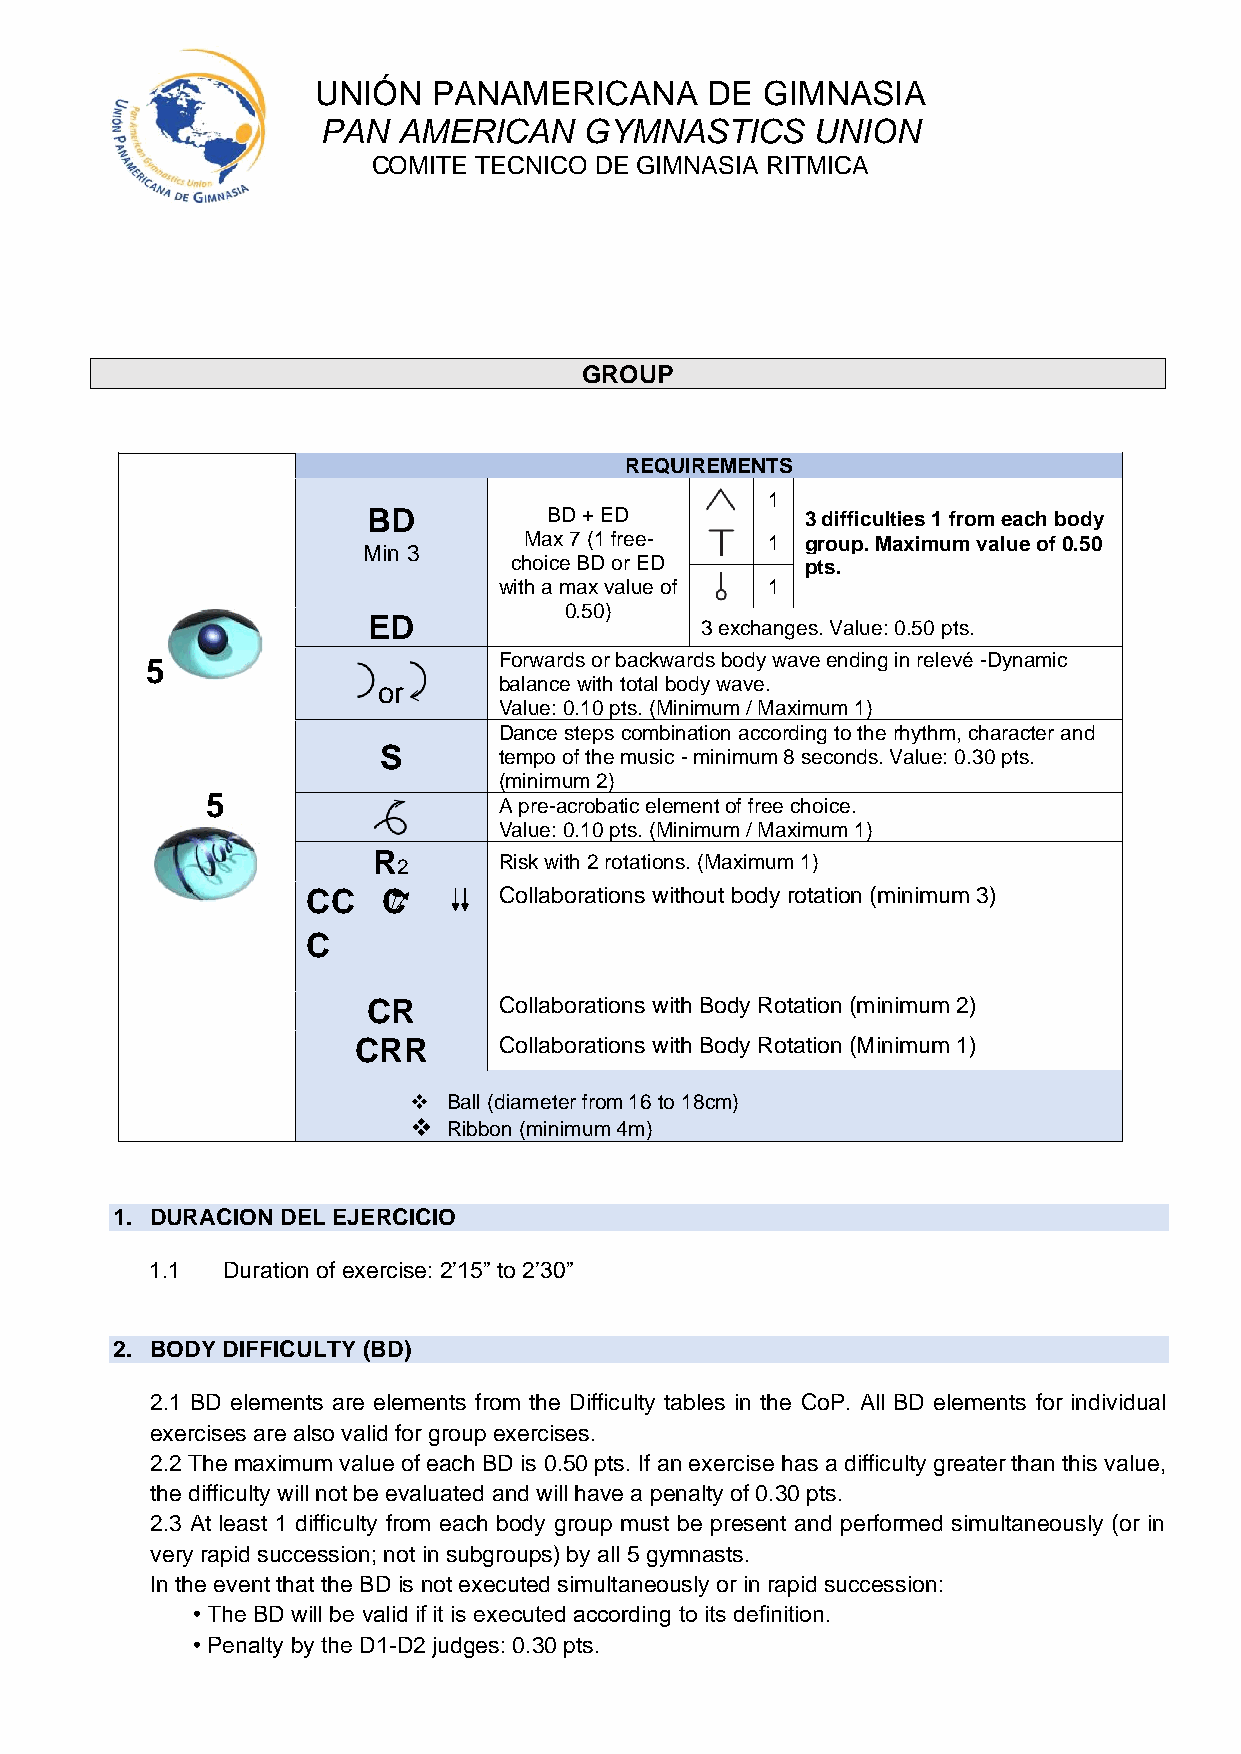
UNIÓN   PANAMERICANA      DE GIMNASIA
 PAN  AMERICAN     GYMNASTICS     UNION
 COMITE TECNICO DE GIMNASIA RITMICA
 GROUP
 REQUIREMENTS
 1
 BD          BD + ED          3 difficulties 1 from each body
 Max 7 (1 free-  1 group. Maximum value of 0.50
 Min 3
 choice BD or ED    pts.
 with a max value of 1
 0.50)
 ED                    3 exchanges. Value: 0.50 pts.
 Forwards or backwards body wave ending in relevé -Dynamic
 5
 or      balance with total body wave.
 Value: 0.10 pts. (Minimum / Maximum 1)
 Dance steps combination according to the rhythm, character and
 S       tempo of the music - minimum 8 seconds. Value: 0.30 pts.
 (minimum 2)
 5                  A pre-acrobatic element of free choice.
 Value: 0.10 pts. (Minimum / Maximum 1)
 R 2     Risk with 2 rotations. (Maximum 1)
 CC   C       Collaborations without body rotation (minimum 3)
 C
 CR       Collaborations with Body Rotation (minimum 2)
 CRR      Collaborations with Body Rotation (Minimum 1)
 ❖  Ball (diameter from 16 to 18cm)
 ❖  Ribbon (minimum 4m)
 1. DURACION DEL EJERCICIO
 1.1  Duration of exercise: 2’15” to 2’30”
 2. BODY DIFFICULTY (BD)
 2.1 BD elements are elements from the Difficulty tables in the CoP. All BD elements for individual
 exercises are also valid for group exercises.
 2.2 The maximum value of each BD is 0.50 pts. If an exercise has a difficulty greater than this value,
 the difficulty will not be evaluated and will have a penalty of 0.30 pts.
 2.3 At least 1 difficulty from each body group must be present and performed simultaneously (or in
 very rapid succession; not in subgroups) by all 5 gymnasts.
 In the event that the BD is not executed simultaneously or in rapid succession:
 • The BD will be valid if it is executed according to its definition.
 • Penalty by the D1-D2 judges: 0.30 pts.